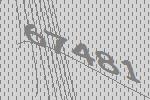
67481